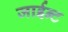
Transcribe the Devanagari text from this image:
जाईन्ट